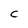
Character: C